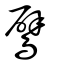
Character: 鷿